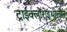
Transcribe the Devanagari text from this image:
ट्राईक्लोरोइथीलीन